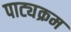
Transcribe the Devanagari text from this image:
पाट्यक्रम